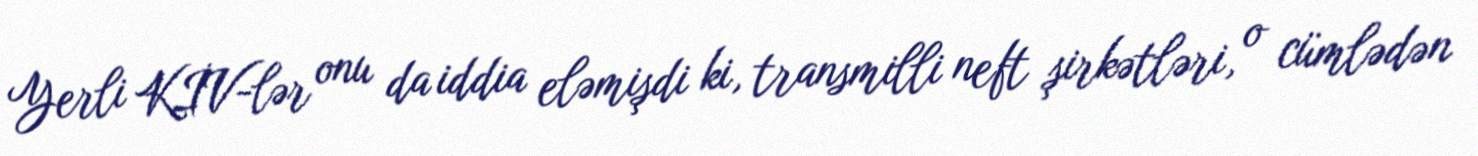
Yerli KİV-lər onu da iddia eləmişdi ki, transmilli neft şirkətləri, o cümlədən